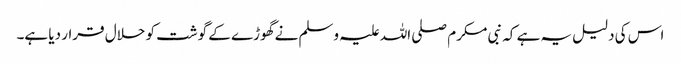
اس کی دلیل یہ ہے کہ نبی مکرم صلی اللہ علیہ وسلم نے گھوڑے کے گوشت کو حلال قرار دیا ہے۔